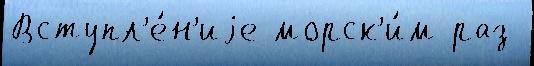
Вступл'е́н'иjе морск'и́м раз